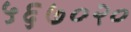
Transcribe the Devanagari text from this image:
५६७०२०